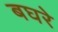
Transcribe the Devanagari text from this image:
बघरे